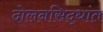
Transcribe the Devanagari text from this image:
दोलनसिद्धांत